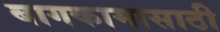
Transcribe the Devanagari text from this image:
बागकामासाठी